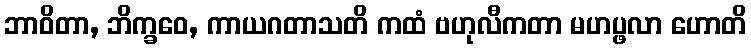
ဘာဝိတာ, ဘိက္ခဝေ, ကာယဂတာသတိ ကထံ ဗဟုလီကတာ မဟပ္ဖလာ ဟောတိ